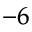
^ { - 6 }